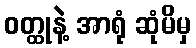
ဝတ္ထုနဲ့ အာရုံ ဆုံမိမှ